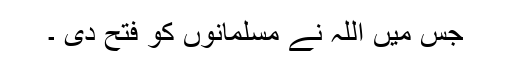
جس میں اللہ نے مسلمانوں کو فتح دی ۔